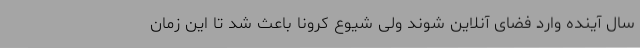
سال آینده وارد فضای آنلاین شوند ولی شیوع کرونا باعث شد تا این زمان